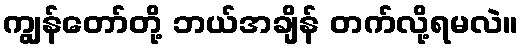
ကျွန်တော်တို့ ဘယ်အချိန် တက်လို့ရမလဲ။